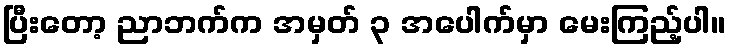
ပြီးတော့ ညာဘက်က အမှတ် ၃ အပေါက်မှာ မေးကြည့်ပါ။